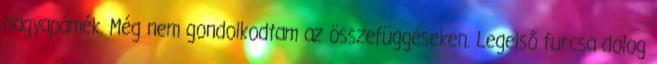
nagyapámék. Még nem gondolkodtam az összefüggéseken. Legelső furcsa dolog